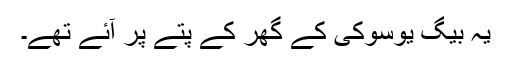
یہ بیگ یوسوکی کے گھر کے پتے پر آئے تھے۔